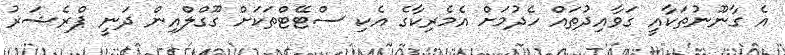
އެ ގާނޫނުތަކާއީ ގަވާއިދުތައް ހެދުމަށް އެމެރިކާގެ އެކި ސްޓޭޓްތަކަށް ގޫގްލްއިން ދަނީ ޕްރެޝަރު